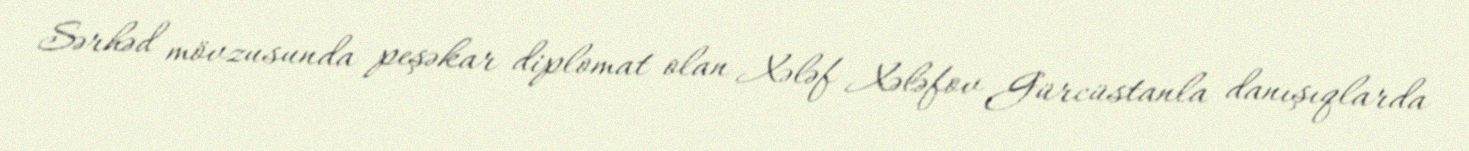
Sərhəd mövzusunda peşəkar diplomat olan Xələf Xələfov Gürcüstanla danışıqlarda